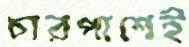
চারপাশেই